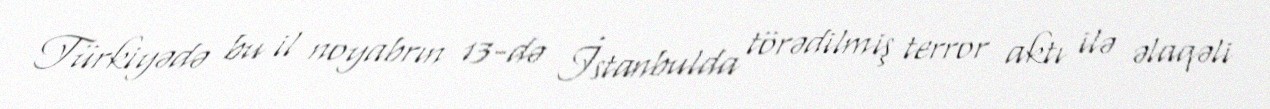
Türkiyədə bu il noyabrın 13-də İstanbulda törədilmiş terror aktı ilə əlaqəli